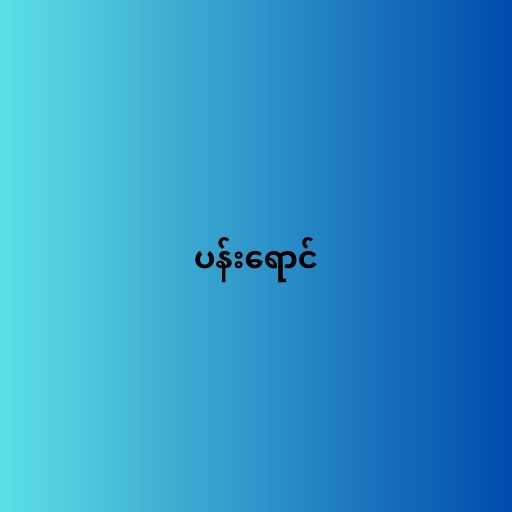
ပန်းရောင်